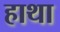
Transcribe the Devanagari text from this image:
हाथा